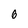
Character: 6